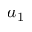
a _ { 1 }